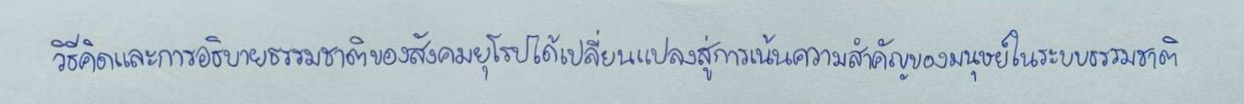
วิธีคิดและการอธิบายธรรมชาติของสังคมยุโรปได้เปลี่ยนแปลงสู่การเน้นความสำคัญของมนุษย์ในระบบธรรมชาติ